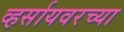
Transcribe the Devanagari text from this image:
व्हर्सायवरच्या